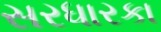
સરધારકા